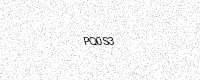
Text: PQ0S3